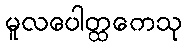
မူလပေါတ္ထကေသု